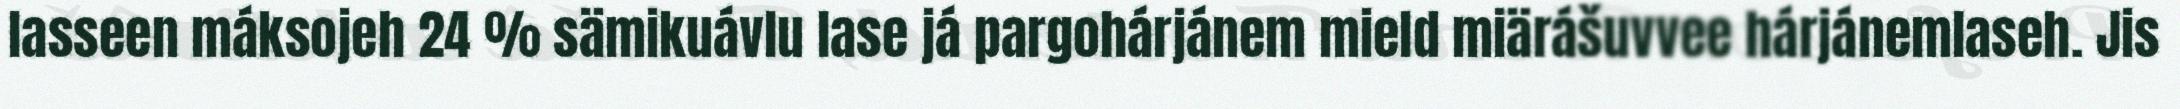
lasseen máksojeh 24 % sämikuávlu lase já pargohárjánem mield miärášuvvee hárjánemlaseh. Jis